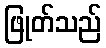
ဖြုတ်သည်